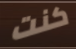
كنت